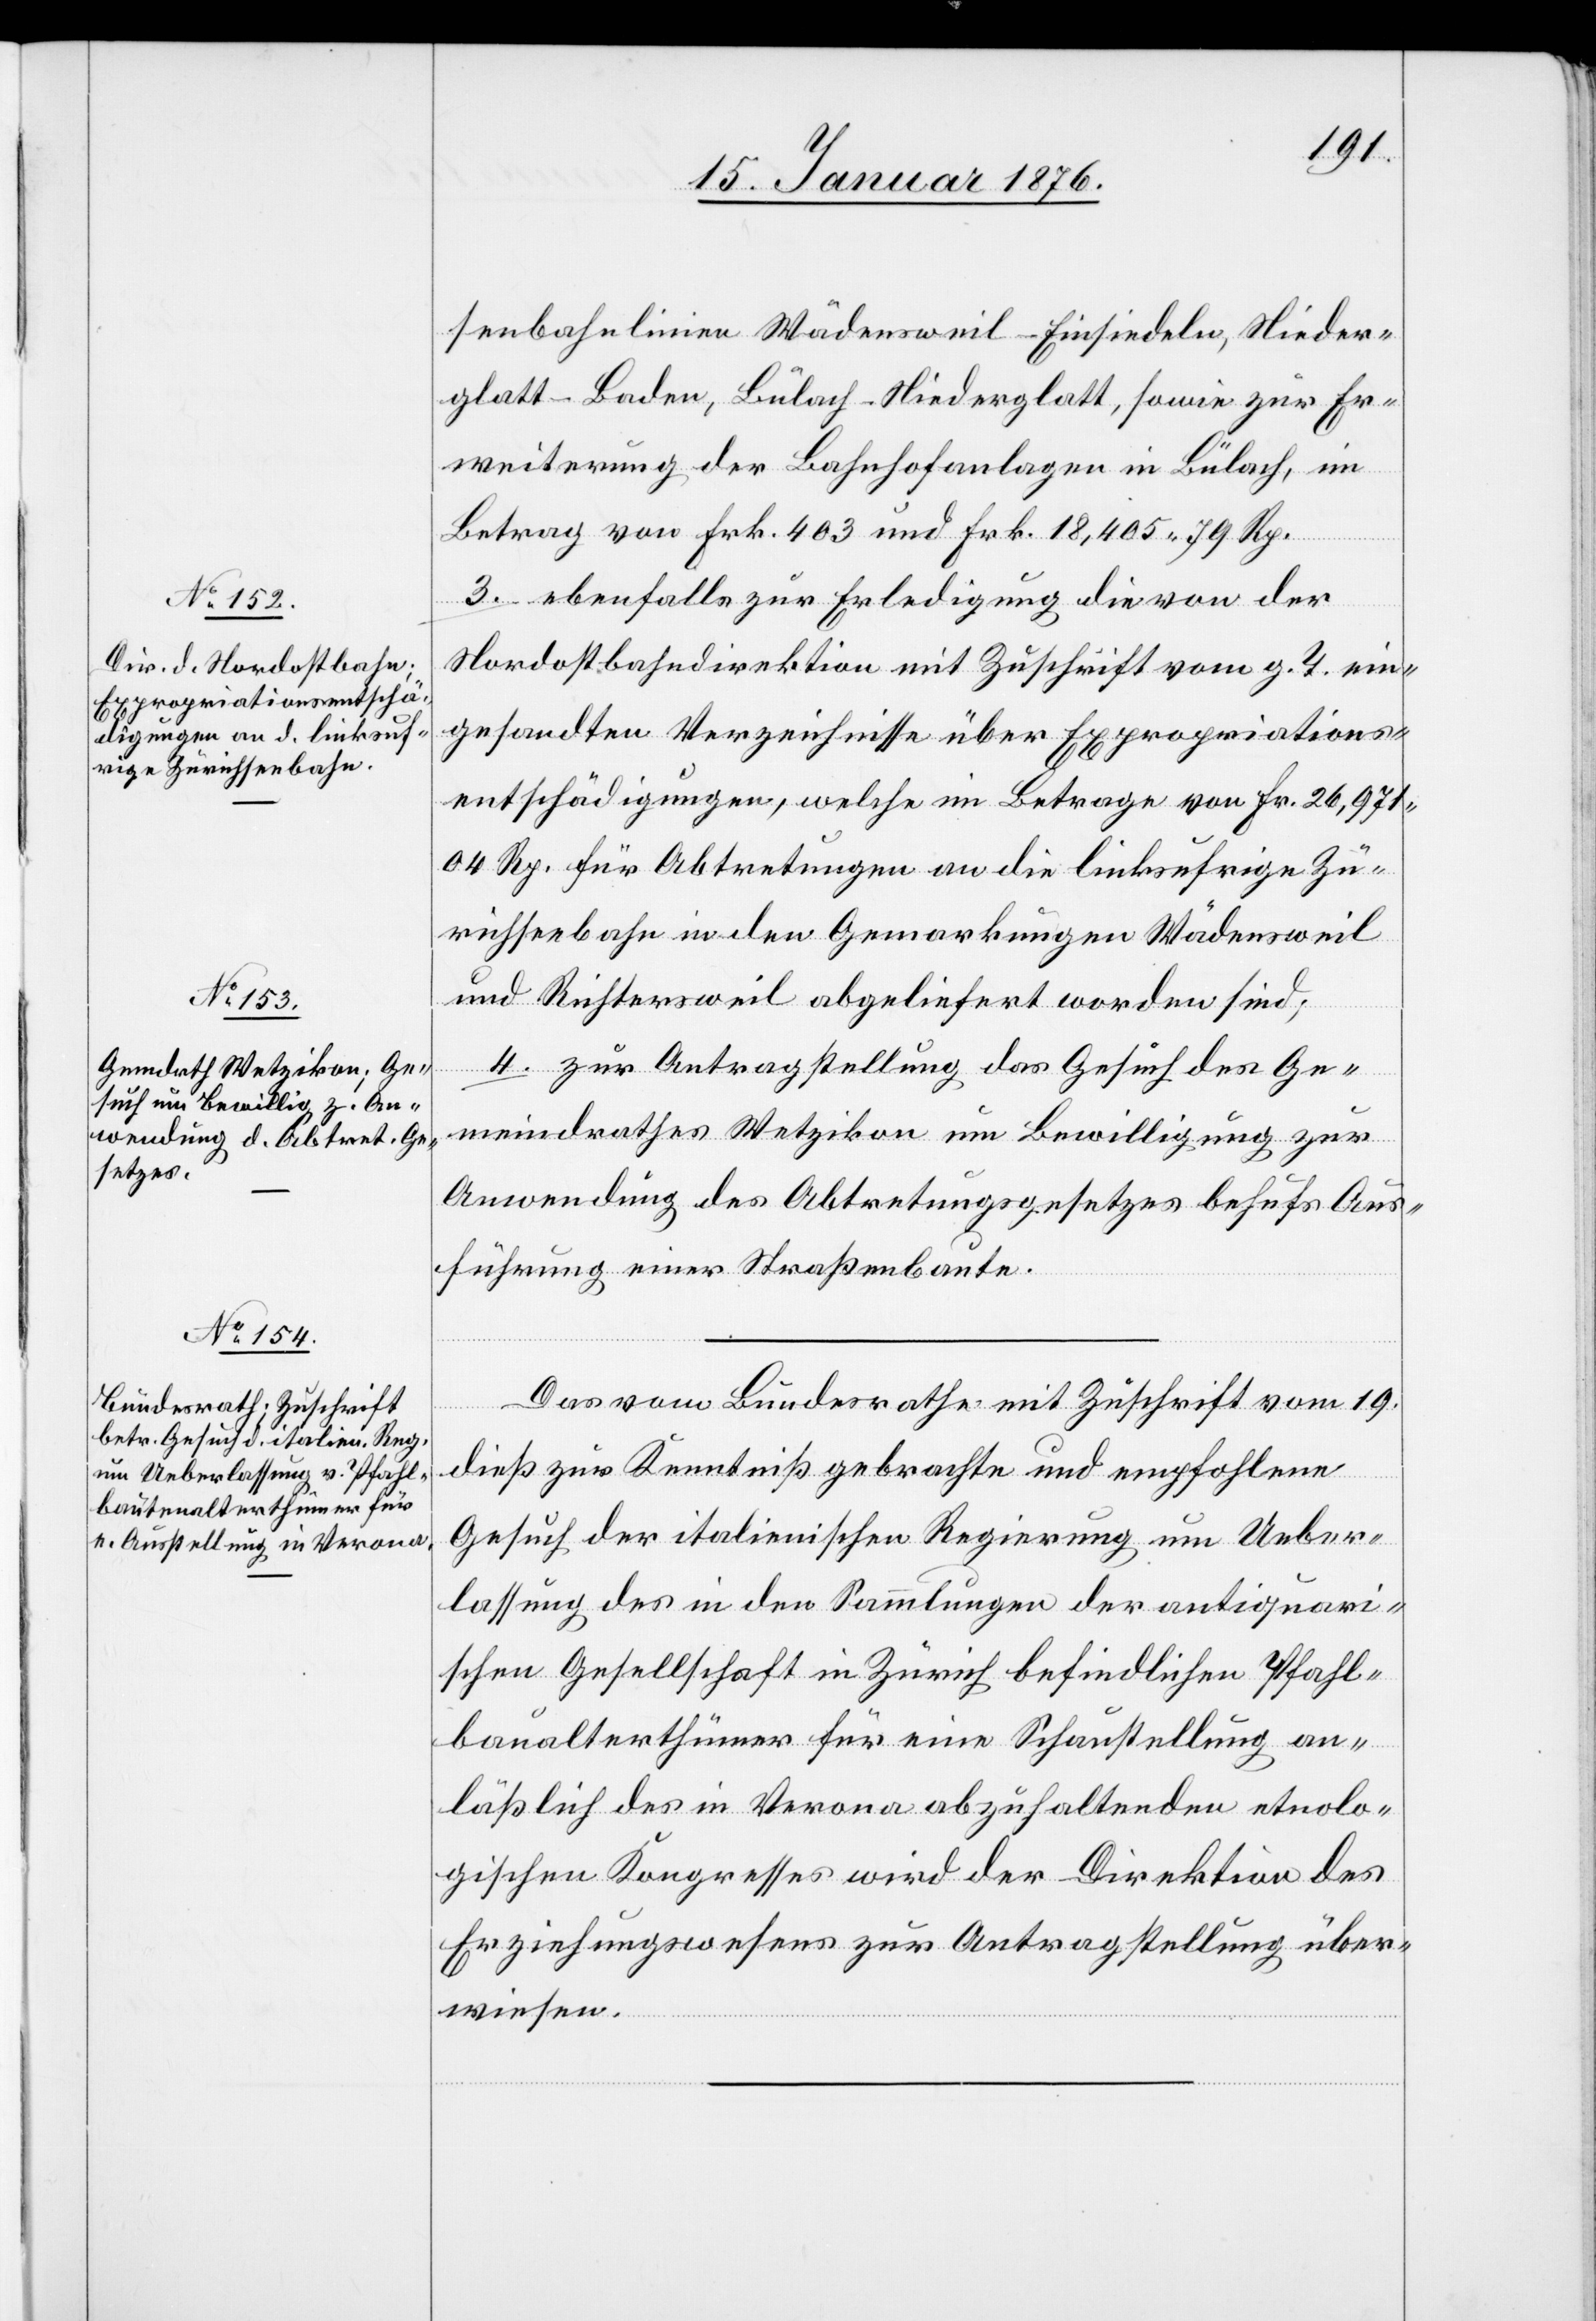
21. Januar 1876.]
senbahnlinien Wädensweil–Einsiedeln, Nieder¬
glatt–Baden, Bülach–Niederglatt, sowie zur Er¬
weiterung der Bahnhofanlagen in Bülach, im
Betrag von Frk. 403 und Frk. 18,405.79 Rp.
3. ebenfalls zur Erledigung die von der
Nordostbahndirektion mit Zuschrift vom g. T. ein¬
gesandten Verzeichnisse über Expropriations¬
entschädigungen, welche im Betrage von Fr. 26,971.04
Rp. für Abtretungen an die linksufrige Zü¬
richseebahn in den Gemarkungen Wädensweil
und Richtersweil abgeliefert worden sind;
4. zur Antragstellung das Gesuch des Ge¬
meindrathes Wetzikon um Bewilligung zur
Anwendung des Abtretungsgesetzes behufs Aus¬
führung einer Straßenbaute.
Das vom Bundesrathe mit Zuschrift vom 19.
dieß zur Kenntniß gebrachte und empfohlene
Gesuch der italienischen Regierung um Ueber¬
lassung des [sic!] in den Sammlungen der antiquari¬
schen Gesellschaft in Zürich befindlichen Pfahl¬
baualterthümer für eine Schaustellung an¬
läßlich des in Verona abzuhaltenden etnolo¬
gischen Kongresses wird der Direktion des
Erziehungswesens zur Antragstellung über¬
wiesen.